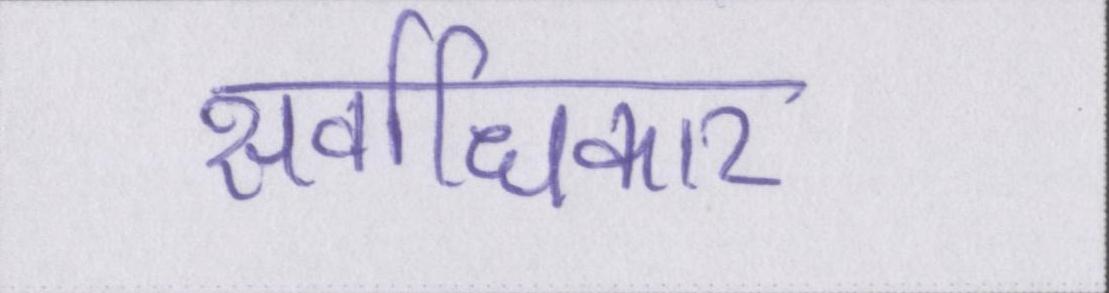
सर्वाधिकार